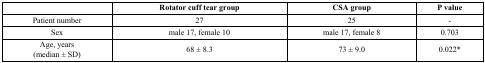
|  | Rotator cuff tear group | CSA group | P value |
 | --- | --- | --- | --- |
 | Patient number | 27 | 25 | - |
 | Sex | male 17, female 10 | male 17, female 8 | 0.703 |
 | Age, years(median ± SD) | 68 ± 8.3 | 73 ± 9.0 | 0.022* |